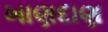
ખાણદાણ